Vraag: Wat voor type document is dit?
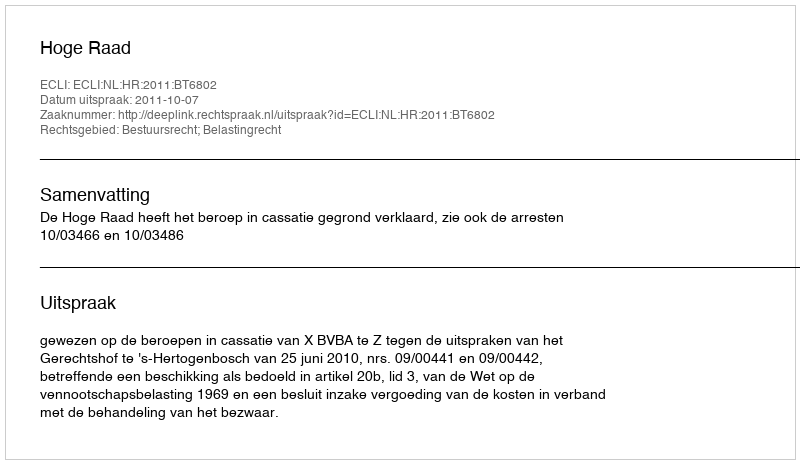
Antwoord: Uitspraak